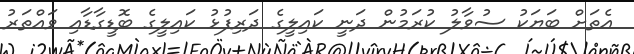
އެތަށް ބަޔަކު ސުވާލު ކުރަމުން ދަނީ ކައިލީގެ ދަރިފުޅު ކައިލީގެ ބޮޑީގާޑާއި ވައްތަރު